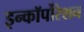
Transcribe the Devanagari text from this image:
इन्कॉर्पोरेशन